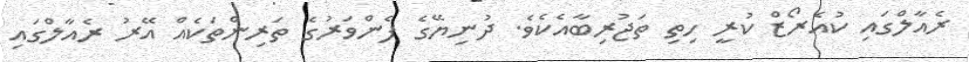
ރެއާލްގައި ކުއެރޯޒް ކުރީ ހިތި ތަޖުރިބާއެކެވެ. ދުނިޔޭގެ ފެންވަރުގެ ތަރިންތަކެއް އޭރު ރެއާލްގައި